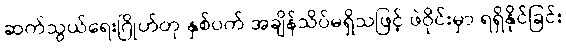
ဆက်သွယ်ရေးဂြိုဟ်တု နှစ်ပက် အချိန်သိပ်မရှိသဖြင့် ဖဲဝိုင်းမှာ ရရှိနိုင်ခြင်း